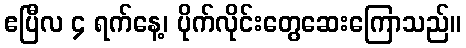
ဧပြီလ ၄ ရက်နေ့၊ ပိုက်လိုင်းတွေဆေးကြောသည်။